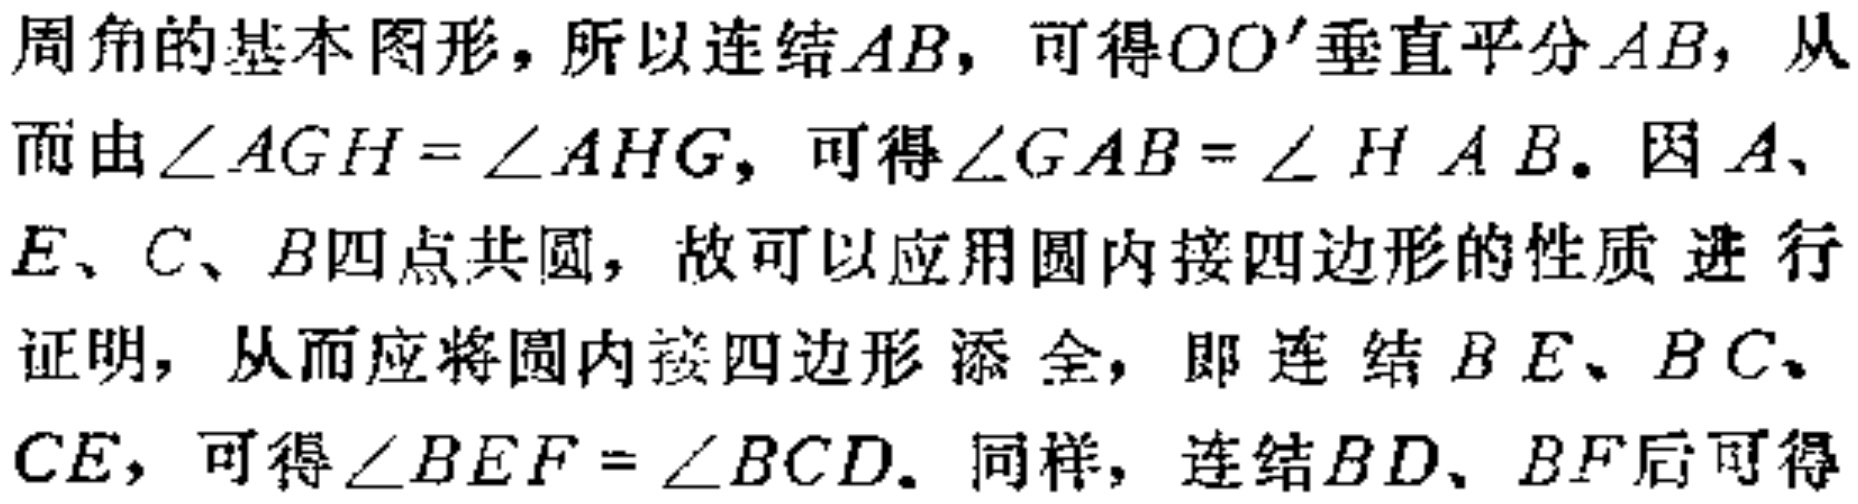
周角的基本图形，所以连结\(AB\)，可得\(OO'\)垂直平分\(AB\)，从而由\(\angle AGH = \angle AHG\)，可得\(\angle GAB = \angle HAB\)。因\(A\)、\(E\)、\(C\)、\(B\)四点共圆，故可以应用圆内接四边形的性质进行证明，从而应将圆内接四边形添全，即连结\(BE\)、\(BC\)、\(CE\)，可得\(\angle BEF = \angle BCD\)。同样，连结\(BD\)、\(BF\)后可得